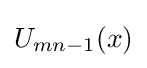
U_{mn-1}(x)